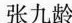
张九龄